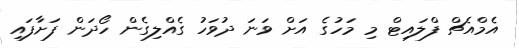
އެމްއެޗް ފްލައިޓް މި މަހުގެ އަށް ވަނަ ދުވަހު ގެއްލިގެން ހޯދަން ފަށާފައި